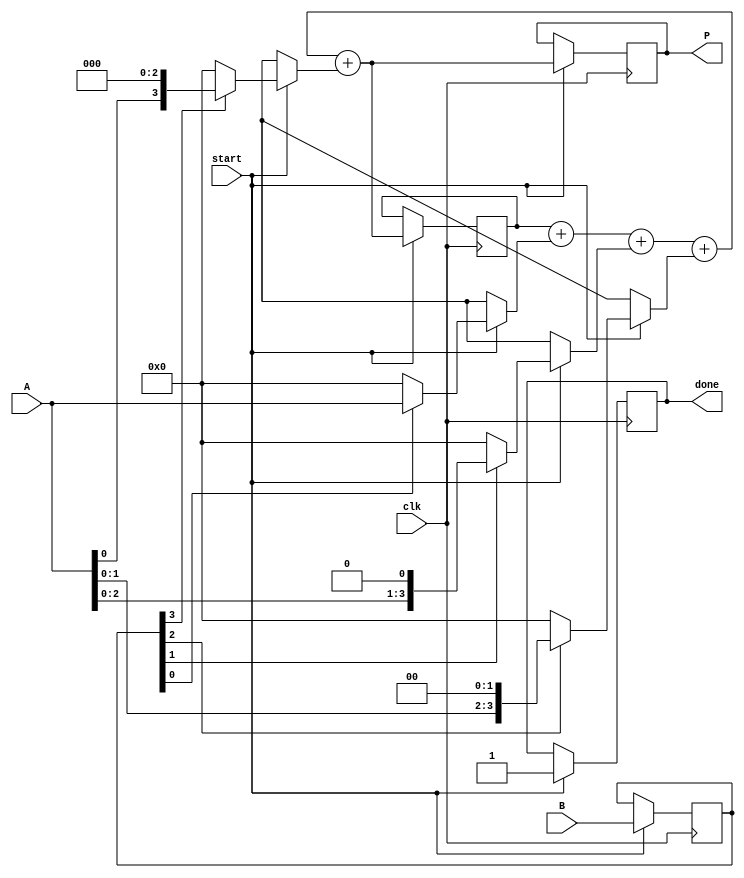
module vedic_multiplier #(parameter N = 4) (
    input  wire [N-1:0] A,      // N-bit multiplicand
    input  wire [N-1:0] B,      // N-bit multiplier
    input  wire clk,             // Clock signal
    input  wire start,           // Start signal for multiplication
    output reg [2*N-1:0] P,      // (2N)-bit product
    output reg done              // Done signal
);

    reg [N-1:0] partial_products [0:N-1]; // Array to hold partial products
    reg [2*N-1:0] sum;                     // Sum of partial products
    reg [N-1:0] A_shifted;                 // Shifted version of A
    reg [N-1:0] B_reg;                     // Register for B
    integer i, j;

    always @(posedge clk) begin
        if (start) begin
            // Initialize
            P <= 0;
            done <= 0;
            sum <= 0;
            B_reg <= B;

            // Generate partial products
            for (i = 0; i < N; i = i + 1) begin
                if (B_reg[i]) begin
                    A_shifted = A << i; // Shift A by i positions
                end else begin
                    A_shifted = 0; // If B[i] is 0, the partial product is 0
                end
                partial_products[i] = A_shifted;
            end

            // Accumulate partial products
            for (j = 0; j < N; j = j + 1) begin
                sum = sum + partial_products[j];
            end

            P <= sum; // Assign the final product
            done <= 1; // Indicate that multiplication is done
        end
    end
endmodule